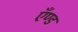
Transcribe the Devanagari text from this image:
एँण्ड